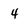
Character: 4